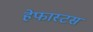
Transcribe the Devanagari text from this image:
हेफास्टस